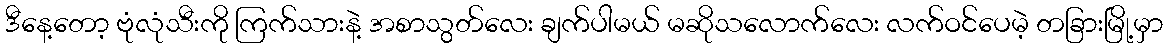
ဒီနေ့တော့ ဗုံလုံသီးကို ကြက်သားနဲ့ အစာသွတ်လေး ချက်ပါမယ် မဆိုသလောက်လေး လက်ဝင်ပေမဲ့ တခြားမြို့မှာ